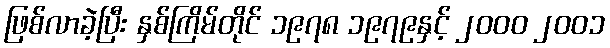
ဖြစ်လာခဲ့ပြီး နှစ်ကြိမ်တိုင် ၁၉၇၈ ၁၉၇၉နှင့် ၂၀၀၀ ၂၀၀၁